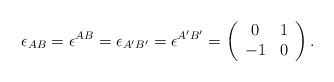
\begin{align*}\epsilon_{AB}=\epsilon^{AB} =\epsilon_{A'B'}=\epsilon^{A'B'} =\left( \begin{array}{cc} 0 & 1 \\ -1 & 0 \end{array} \right).\end{align*}